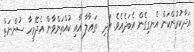
އަދާކުރުންކަން އެނގިގެން އެބަދެއެވެ. އަދި  ތަޢާލާ އާއި ކުއްތަންވާން އެދޭމީހާ ސުންނަތް